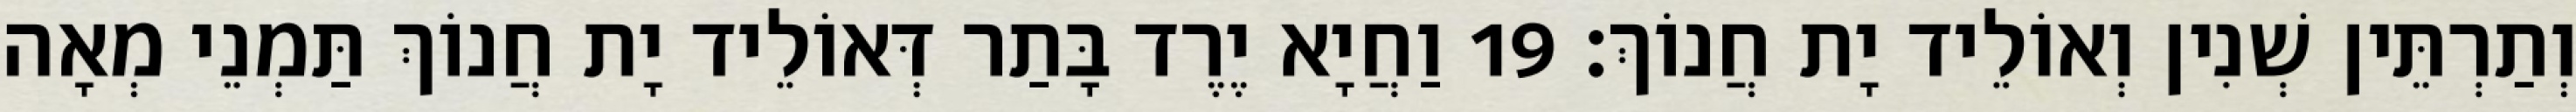
וְתַרְתֵּין שְׁנִין וְאוֹלֵיד יָת חֲנוֹךְ׃ 19 וַחֲיָא יֶרֶד בָּתַר דְּאוֹלֵיד יָת חֲנוֹךְ תַּמְנֵי מְאָה